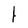
Character: 1